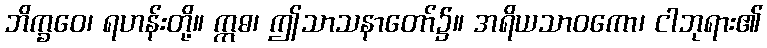
ဘိက္ခဝေ၊ ရဟန်းတို့။ ဣဓ၊ ဤသာသနာတော်၌။ အရိယသာဝကော၊ ငါဘုရား၏